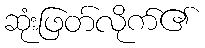
ဆုံးဖြတ်လိုက်၏